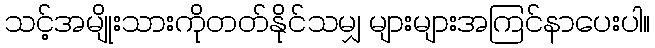
သင့်အမျိုးသားကိုတတ်နိုင်သမျှ များများအကြင်နာပေးပါ။